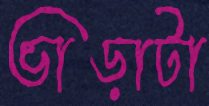
ভাড়াটা